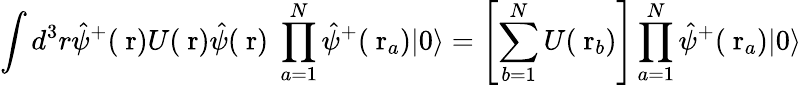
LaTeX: \int d^{3}r\hat{\psi}^{+}(\mathrm{\mathbf~r})U(\mathrm{\mathbf~r})\hat{\psi}(\mathrm{\mathbf~r})\; \prod_{a=1}^{N}\hat{\psi}^{+}(\mathrm{\mathbf~r}_{a})|0\rangle=\left[\sum_{b=1}^{N}U(\mathrm{\mathbf~r}_{b})\right]\prod_{a=1}^{N}\hat{\psi}^{+}(\mathrm{\mathbf~r}_{a})|0\rangle